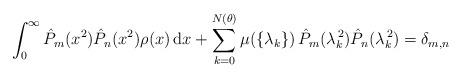
LaTeX: \begin{align*}\int_{0}^{\infty}\hat{P}_{m}(x^{2})\hat{P}_{n}(x^{2})\rho(x)\,\mbox{d}x+\sum_{k=0}^{N(\theta)}\mu(\{\lambda_{k}\})\,\hat{P}_{m}(\lambda_{k}^{\,2})\hat{P}_{n}(\lambda_{k}^{\,2})=\delta_{m,n}\end{align*}